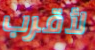
لأقرب